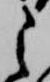
之